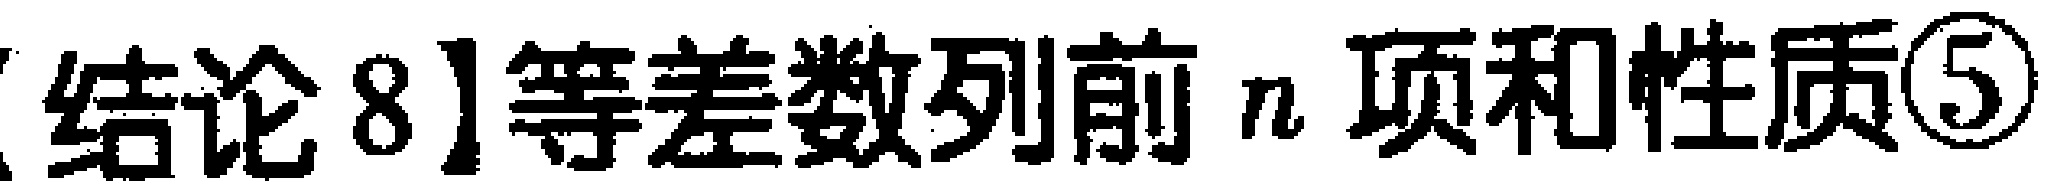
【结论8】等差数列前\(n\)项和性质\textcircled{5}